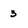
Character: 3